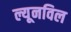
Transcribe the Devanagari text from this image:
ल्यूनविल